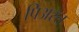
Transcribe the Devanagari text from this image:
पिअस्त